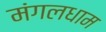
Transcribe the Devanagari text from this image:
मंगलधाम